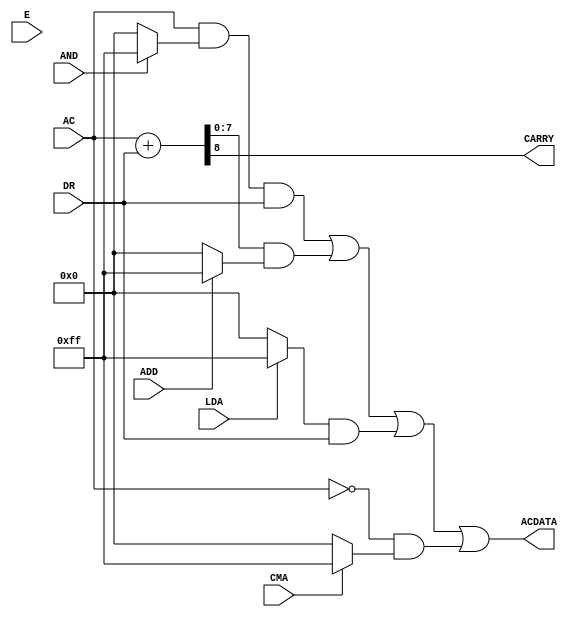
module ALU(AND,ADD, LDA, CMA,E,AC, DR,CARRY , ACDATA);
    input AND,ADD, LDA, CMA,E;    
    input [7:0] AC, DR;
    
    output CARRY ;
    output [7:0]  ACDATA;
    
    wire [7:0] and8,add8,lda8,cma8;    
   
    wire [7:0] AND1,AND2,AND3,AND4 ,SUM;         
    wire CARRY;
    wire cout;
   
   
   
   // AND        ANDING AC WITH DR
    assign and8 = (AND ? 8'hff :8'b0);
	assign AND1 = AC & and8 & DR;
	
	
	
	// ADD   ADDING AC WITH SR
	
	assign {CARRY,SUM} = AC + DR ;
	assign cout = CARRY;
	assign add8= (ADD ? 8'hff :8'b0);
        assign AND2 = SUM & add8 ;
	
	
	// LDA LOAD    AC
	
	assign lda8 = (LDA ? 8'hff :8'b0);
	assign AND3 = lda8 & DR ;
	
	//CMA            COMPLEMENT ACUMULATOR
	assign cma8 = (CMA ? 8'hff : 8'b0);
	assign AND4 = (~AC) & cma8;
	
	
		
      
	
    assign ACDATA = AND1 | AND2| AND3| AND4;    
endmodule